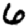
Digit: 6